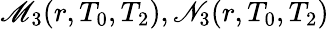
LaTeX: \mathscr{M}_{3}(r,T_{0},T_{2}),\mathscr{N}_{3}(r,T_{0},T_{2})